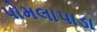
પોમલાપાડા